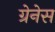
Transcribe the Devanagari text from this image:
ग्रेनेस